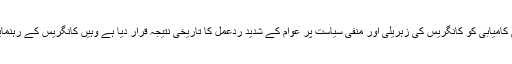
انتخابی جیت کی خوشی سے سرشار بی جے پی نے جہاں اپنی انتخابی کامیابی کو کانگریس کی زہریلی اور منفی سیاست پر عوام کے شدید ردعمل کا تاریخی نتیجہ قرار دیا ہے وہیں کانگریس کے رہنمایان سر جوڑ کر آئندہ کے لائحہ عمل پر غور کرنے میں لگ گئے ہیں۔